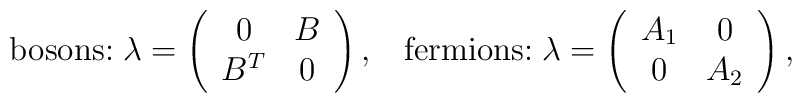
\mbox{bosons:}\;\lambda=\left(\begin{array}{cc}                                                 0&B\\                                                 B^T&0                                                 \end{array}\right),\;\;\;\mbox{fermions:}\;\lambda=\left(\begin{array}{cc}                                                 A_1&0\\                                                 0&A_2                                                 \end{array}\right),